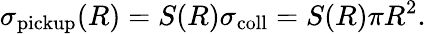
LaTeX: \sigma_{\mathrm{pickup}}(R)=S(R)\sigma_{\mathrm{coll}}=S(R)\pi R^{2}.